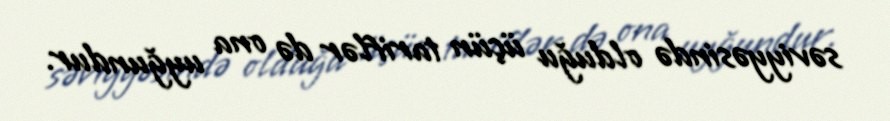
səviyyəsində olduğu üçün tariflər də ona uyğundur.